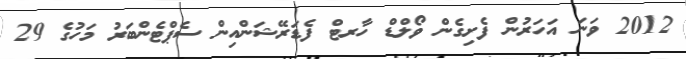
2012 ވަނަ އަހަރުން ފެށިގެން ވޯލްޑް ހާރޓް ފެޑަރޭޝަންއިން ސެޕްޓެންބަރު މަހުގެ 29